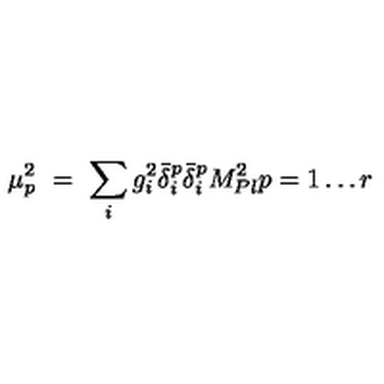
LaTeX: \mu _ { p } ^ { 2 } \ = \ \sum _ { i } g _ { i } ^ { 2 } \bar { \delta } _ { i } ^ { p } \bar { \delta } _ { i } ^ { p } M _ { P l } ^ { 2 } p = 1 \ldots r